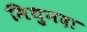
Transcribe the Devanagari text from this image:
मिथुनदा